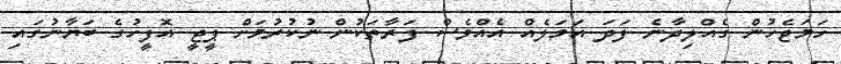
ހަމަޖެހުން ގެއްލިދާނެ ފަދަ އަމަލެއް އެއްވެސް ފަރާތަކުން ނުކުރުމަށް ޕީޖީ އޮފީހުގެ ބަޔާނުގައި